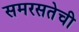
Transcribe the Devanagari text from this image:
समरसतेची